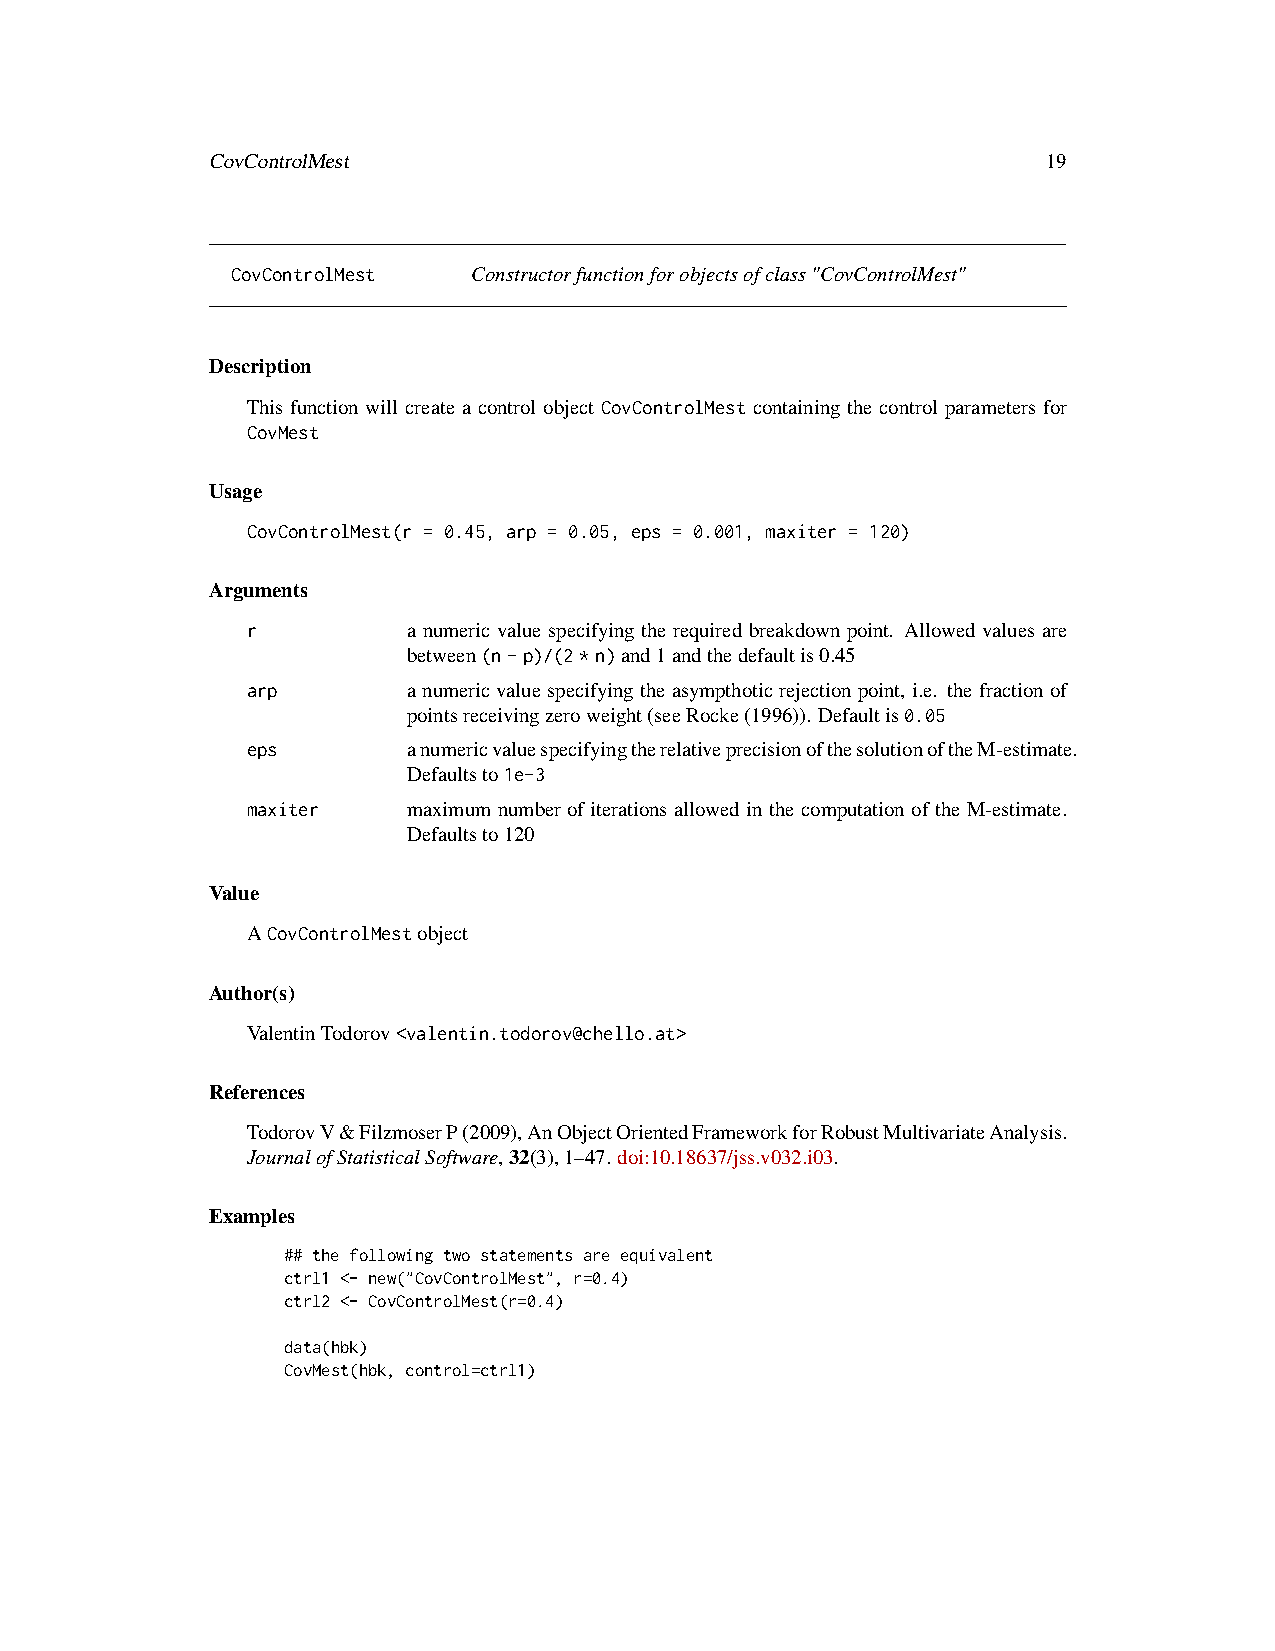
CovControlMest                                         19
 CovControlMest  Constructorfunctionforobjectsofclass"CovControlMest"
 Description
 This function will create a control object CovControlMest containing the control parameters for
 CovMest
 Usage
 CovControlMest(r = 0.45, arp = 0.05, eps = 0.001, maxiter = 120)
 Arguments
 r          a numeric value specifying the required breakdown point. Allowed values are
 between(n-p)/(2*n)and1andthedefaultis0.45
 arp        anumericvaluespecifyingtheasympthoticrejectionpoint, i.e. thefractionof
 pointsreceivingzeroweight(seeRocke(1996)). Defaultis0.05
 eps        anumericvaluespecifyingtherelativeprecisionofthesolutionoftheM-estimate.
 Defaultsto1e-3
 maxiter    maximum number of iterations allowed in the computation of the M-estimate.
 Defaultsto120
 Value
 ACovControlMestobject
 Author(s)
 ValentinTodorov<valentin.todorov@chello.at>
 References
 TodorovV&FilzmoserP(2009),AnObjectOrientedFrameworkforRobustMultivariateAnalysis.
 JournalofStatisticalSoftware,32(3),1–47. doi:10.18637/jss.v032.i03.
 Examples
 ## the following two statements are equivalent
 ctrl1 <- new("CovControlMest", r=0.4)
 ctrl2 <- CovControlMest(r=0.4)
 data(hbk)
 CovMest(hbk, control=ctrl1)